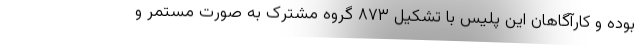
بوده و کارآگاهان این پلیس با تشکیل ۸۷۳ گروه مشترک به صورت مستمر و